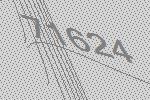
71624